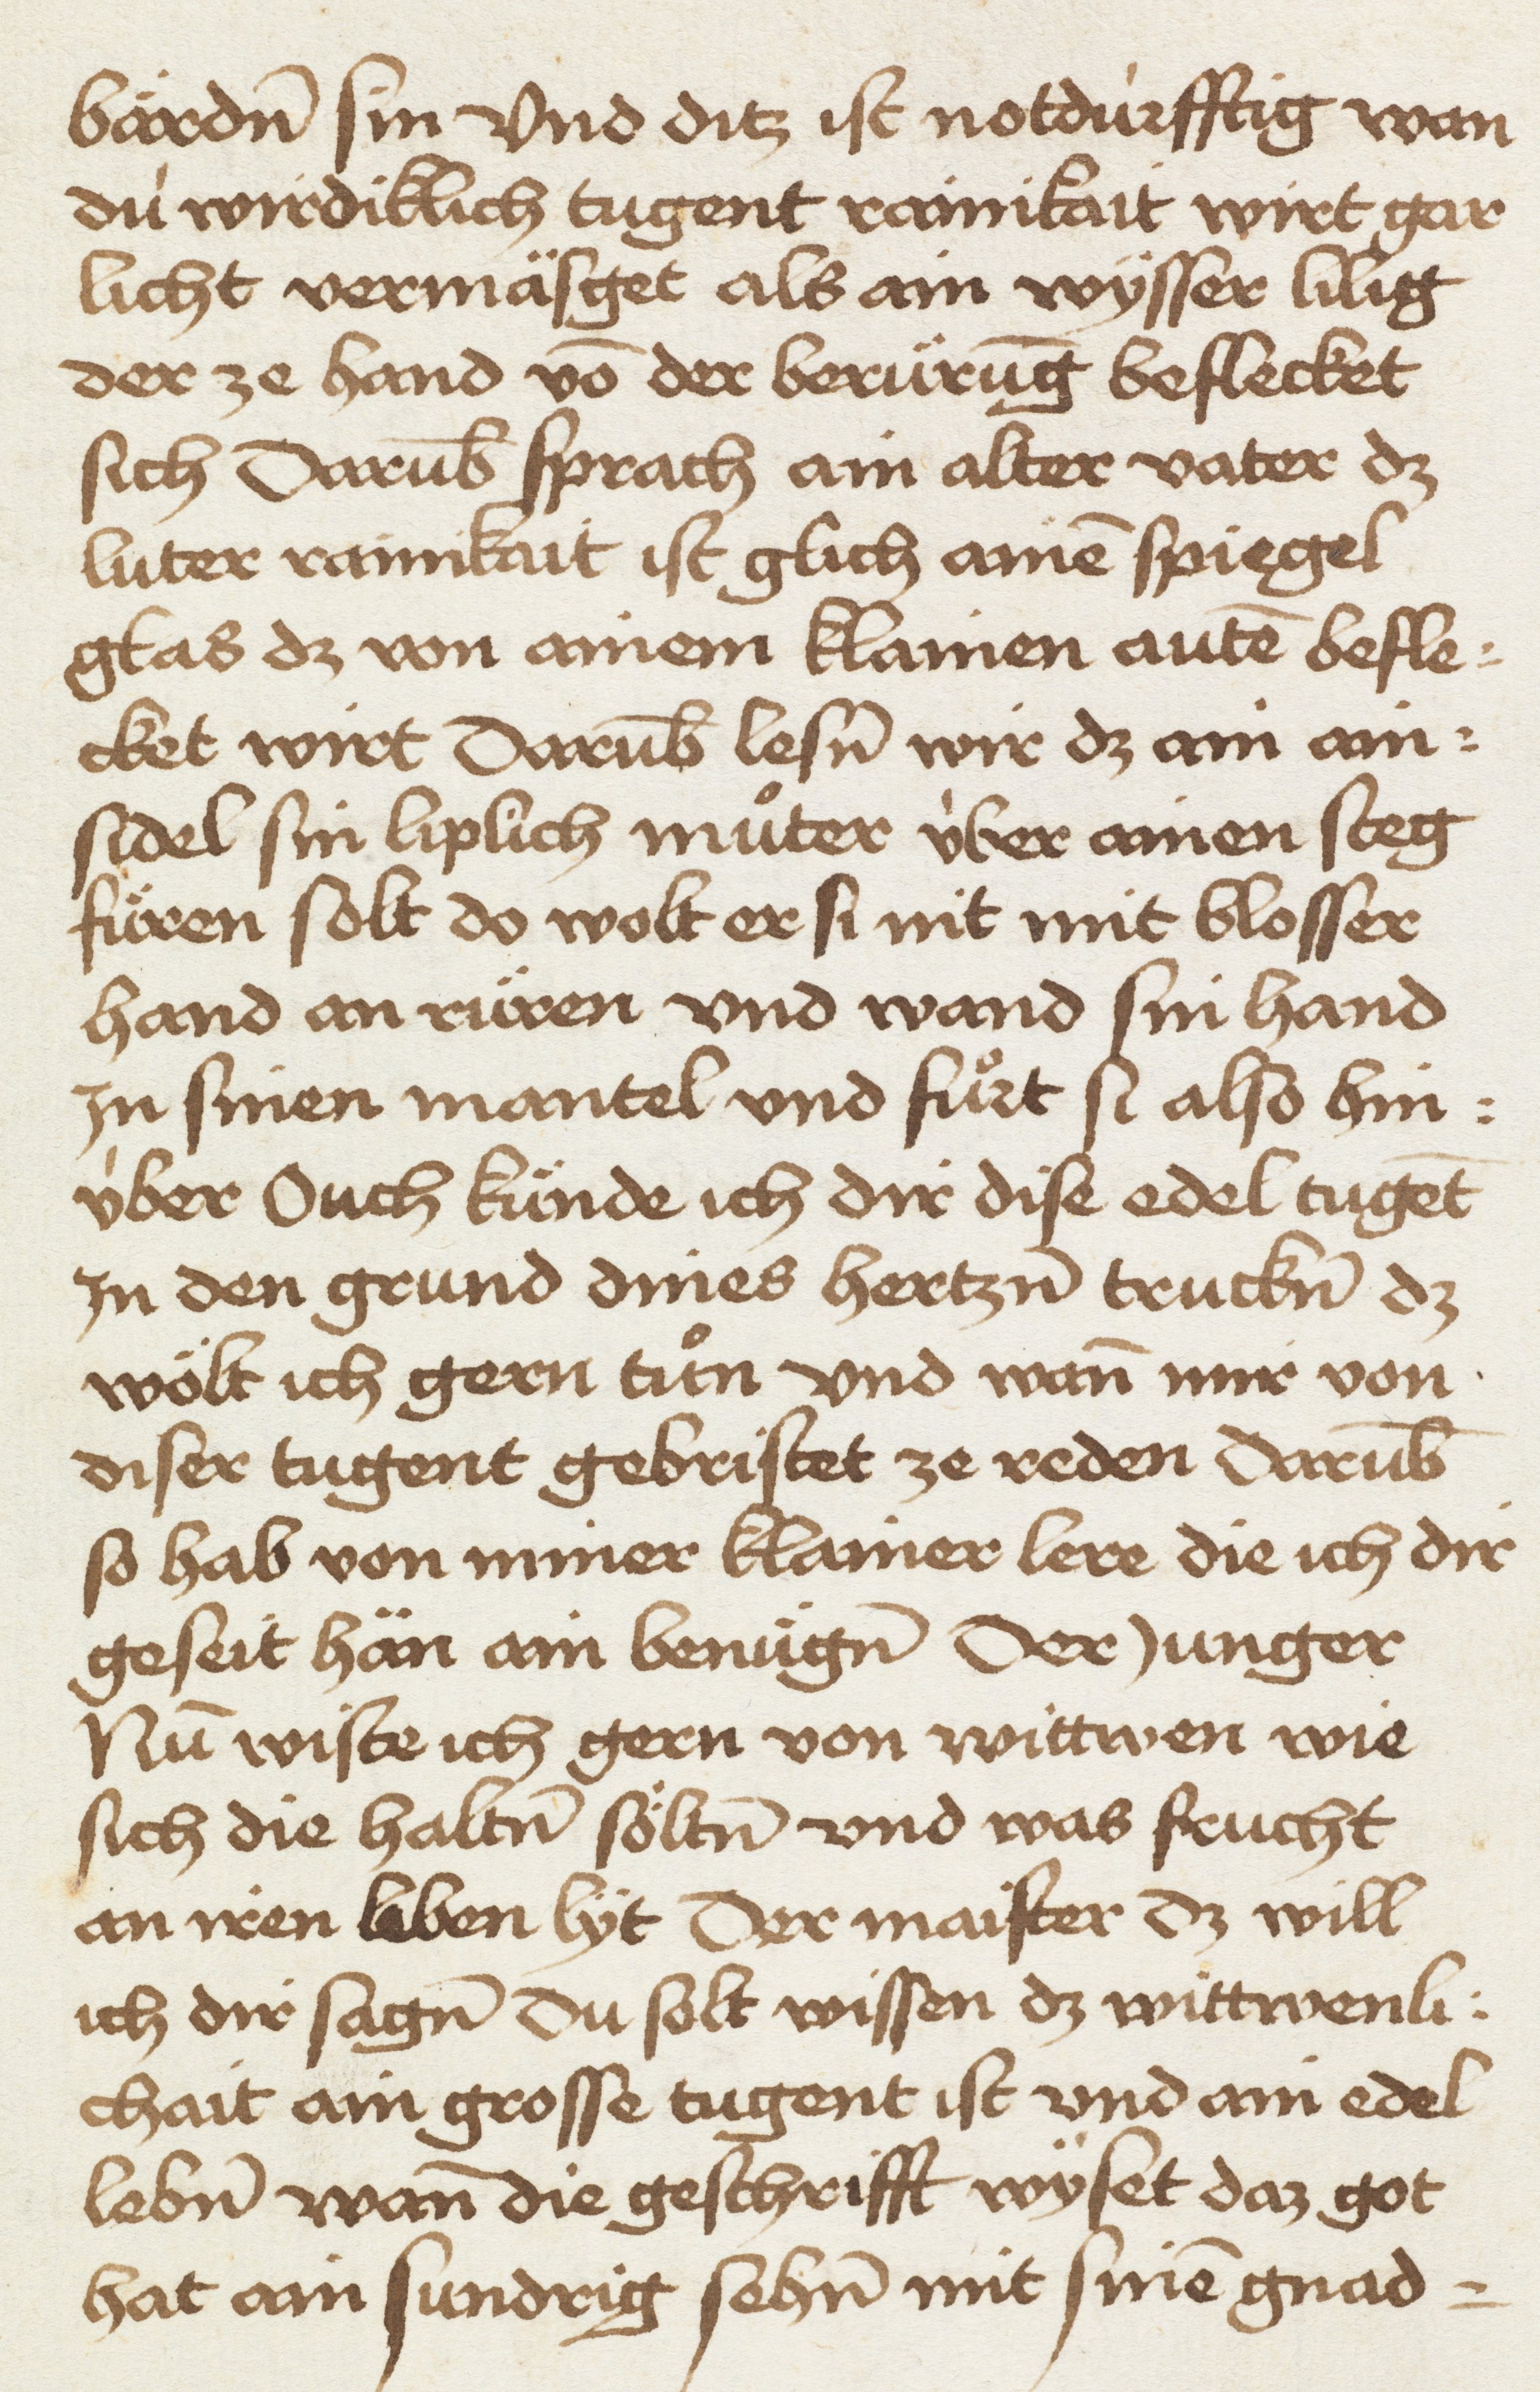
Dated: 1465–1467